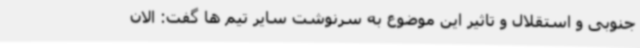
جنوبی و استقلال و تاثیر این موضوع به سرنوشت سایر تیم ها گفت: الان